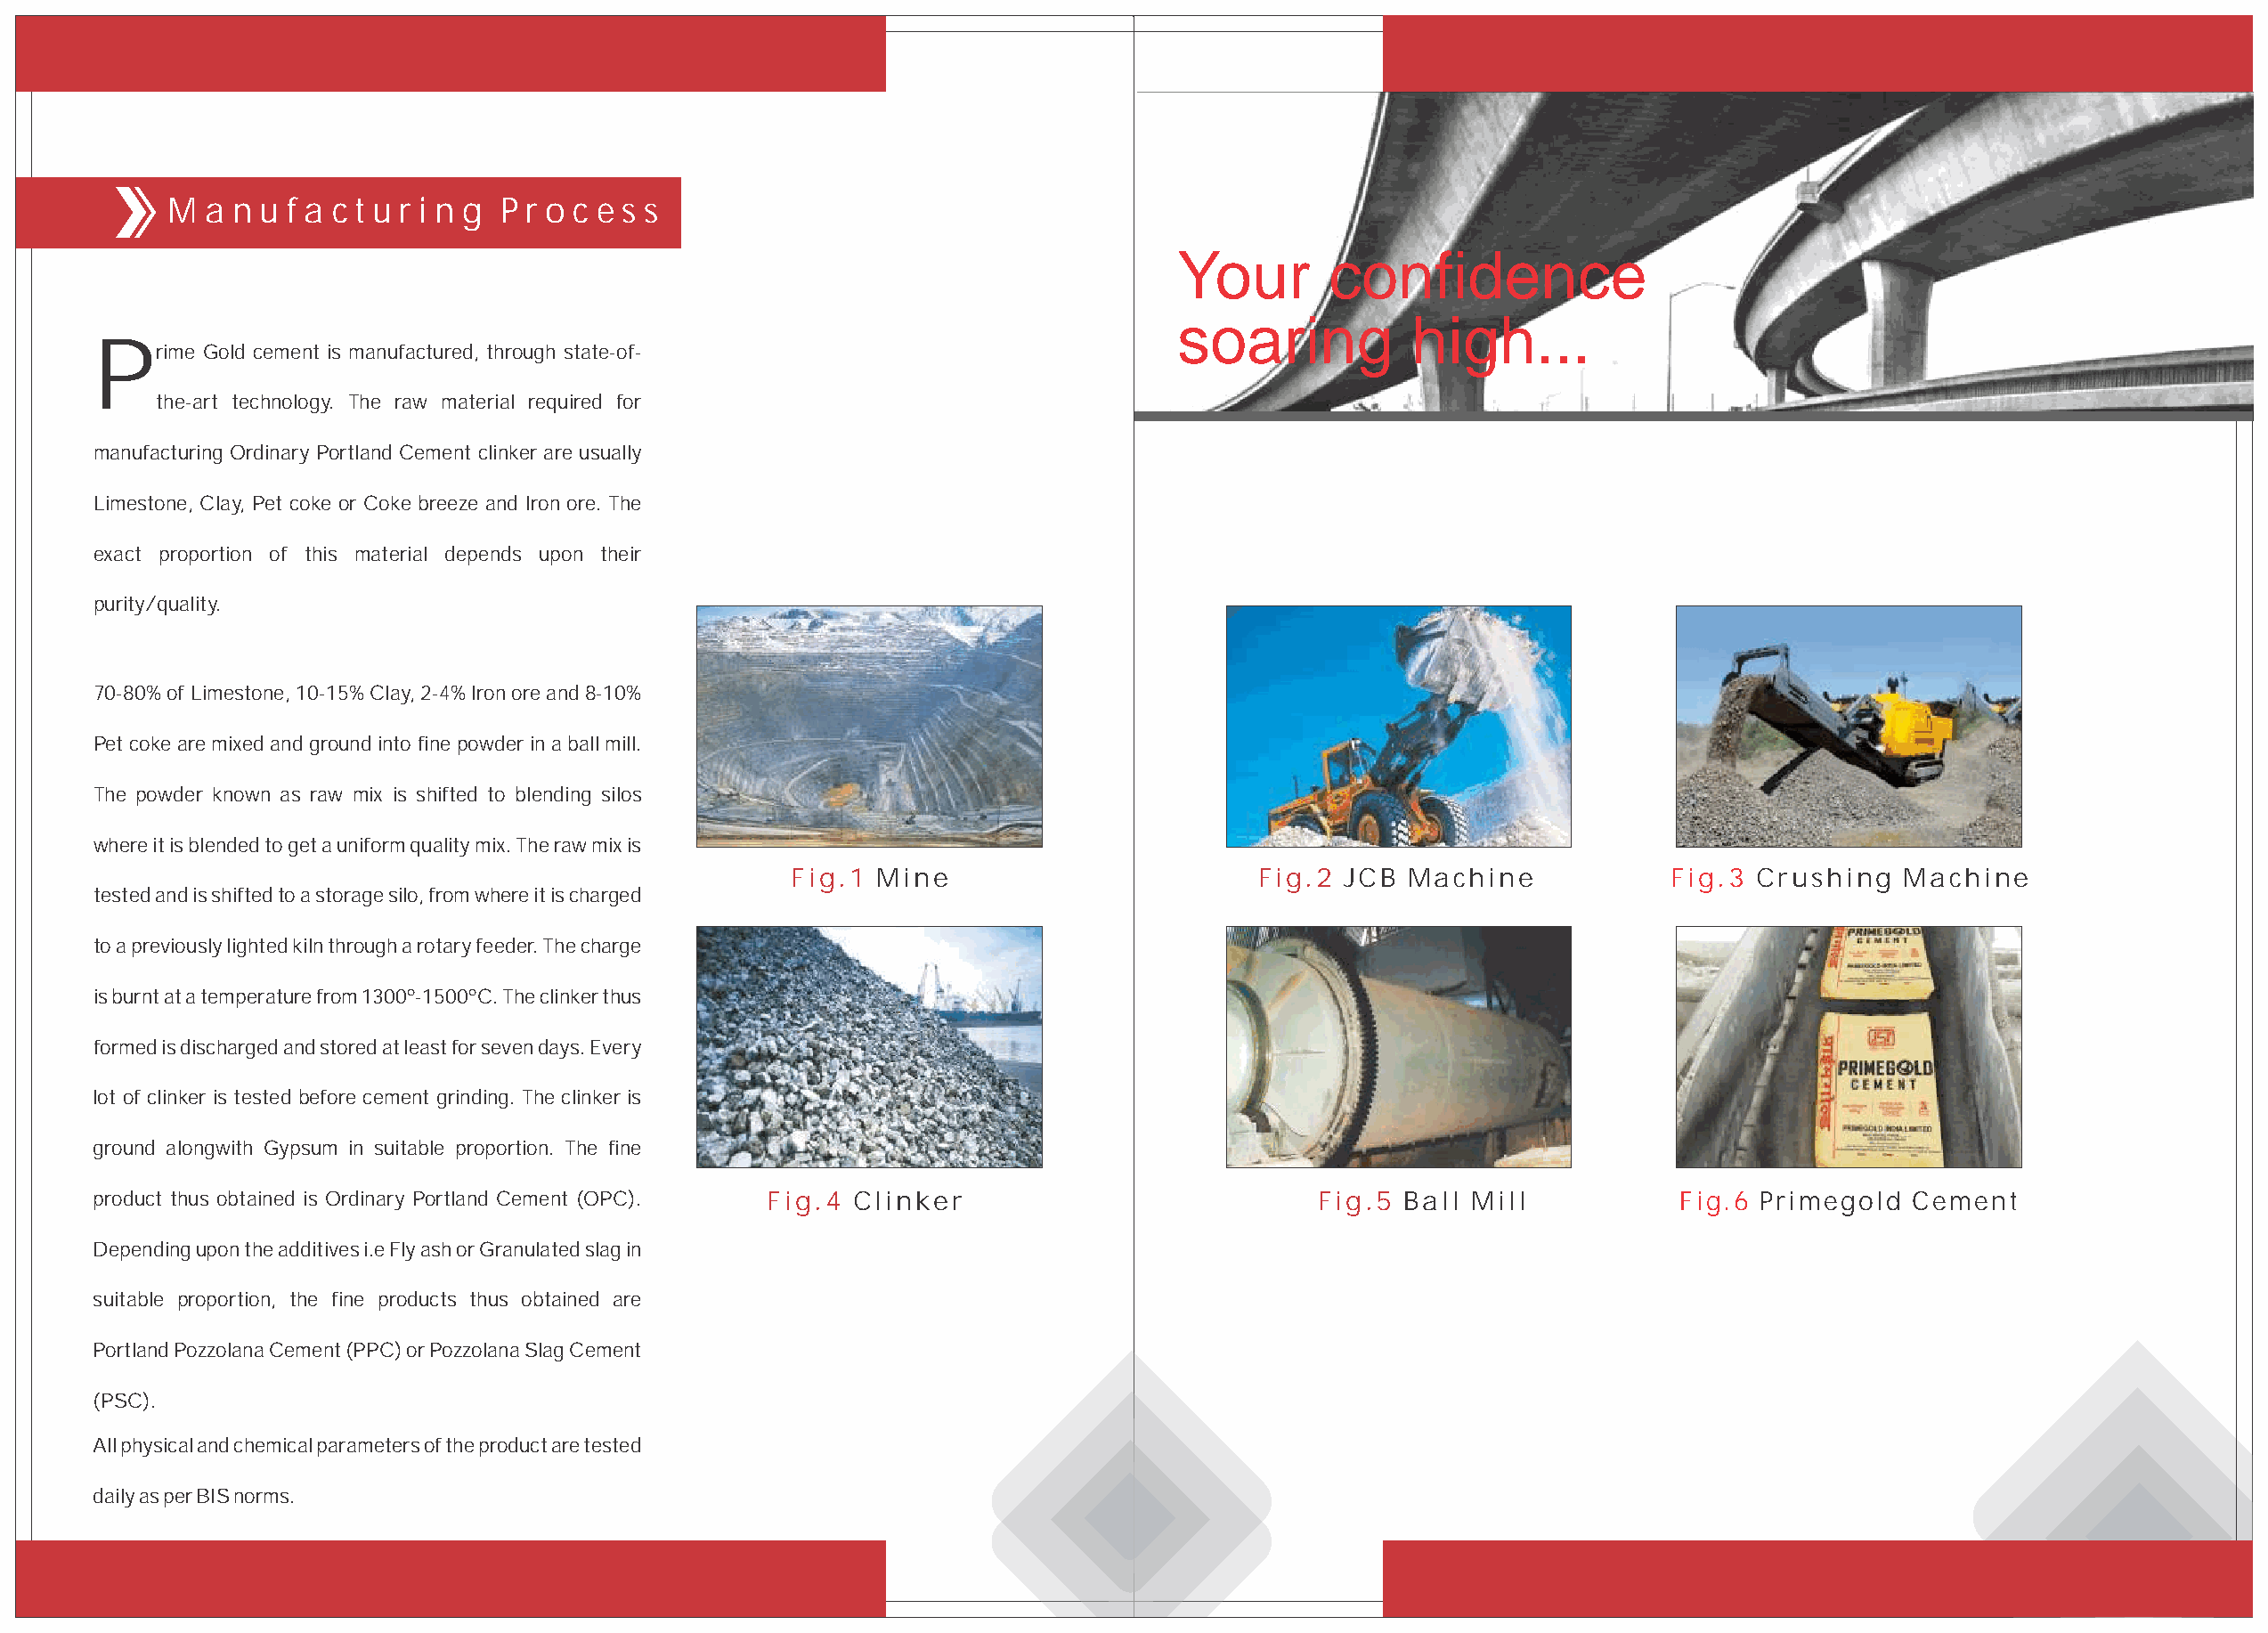
M  a n u f a c t u r i n g P r o c e s s
 Your       confidence
 soaring          high...
 P
 rime Gold cement is manufactured, through state-of-
 the-art technology. The raw material required for
 manufacturing Ordinary Portland Cement clinker are usually
 Limestone, Clay, Pet coke or Coke breeze and Iron ore. The
 exact proportion of this material depends upon their
 purity/quality.
 70-80% of Limestone, 10-15% Clay, 2-4% Iron ore and 8-10%
 Pet coke are mixed and ground into fine powder in a ball mill.
 The powder known as raw mix is shifted to blending silos
 where it is blended to get a uniform quality mix. The raw mix is
 Fig.1 Mine                        Fig.2  JCB  Machine            Fig.3 Crushing   Machine
 tested and is shifted to a storage silo, from where it is charged
 to a previously lighted kiln through a rotary feeder. The charge
 is burnt at a temperature from 1300º-1500ºC. The clinker thus
 formed is discharged and stored at least for seven days. Every
 lot of clinker is tested before cement grinding. The clinker is
 ground alongwith Gypsum in suitable proportion. The fine
 product thus obtained is Ordinary Portland Cement (OPC). Fig.4 Clinker                     Fig.5 Ball Mill            Fig.6 Primegold  Cement
 Depending upon the additives i.e Fly ash or Granulated slag in
 suitable proportion, the fine products thus obtained are
 Portland Pozzolana Cement (PPC) or Pozzolana Slag Cement
 (PSC).
 All physical and chemical parameters of the product are tested
 daily as per BIS norms.